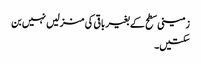
زمینی سطح کے بغیر باقی کی منزلیں نہیں بن
سکتیں۔